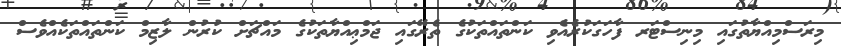
މިރަސްމިއްޔާތުގައި މިނިސްޓަރ ފާހަގަކުރެއެްވި ކަންތައްތަކުގެ ތެރޭގައި ޖަމްޢިއްޔާތަކުގެ މައްޗަށް ކުރުން ލާޒިމް ކަންތައްތަކެއްވެސް